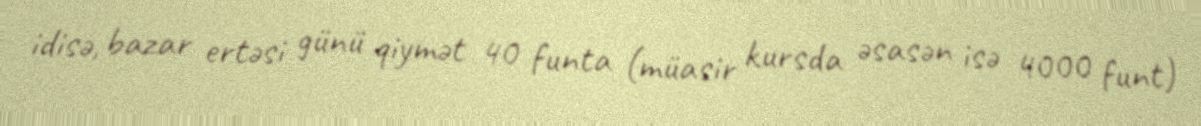
idisə, bazar ertəsi günü qiymət 40 funta (müasir kursda əsasən isə 4000 funt)